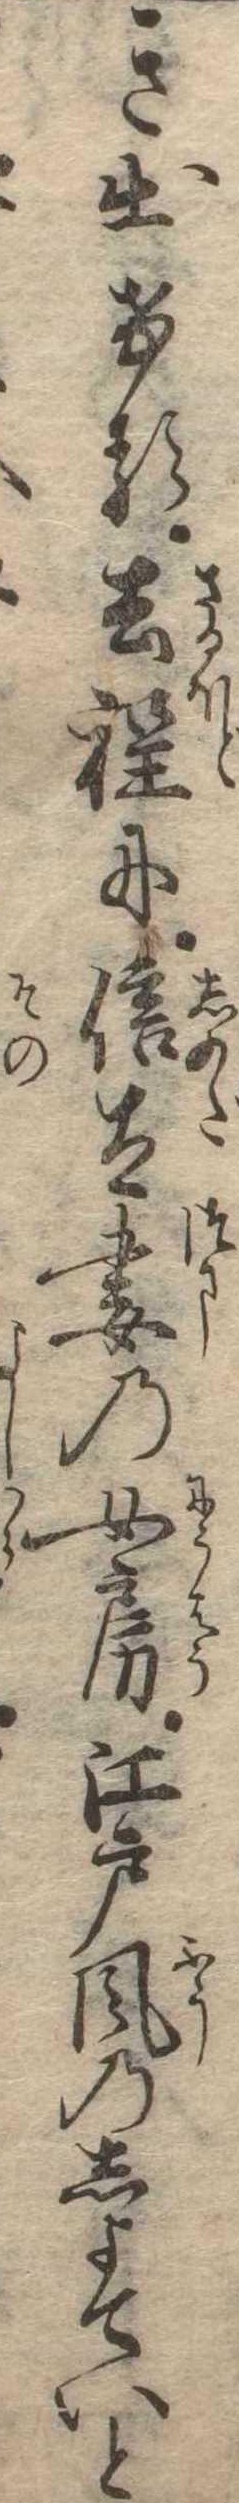
き出ける去程に信太妻の女房江戸風のしよていと